Reports on military cantonments and civil stations in the Presidency of Bombay inspected by the Sanitary Commissioner in the years 1875 and 1876
Year: 1875
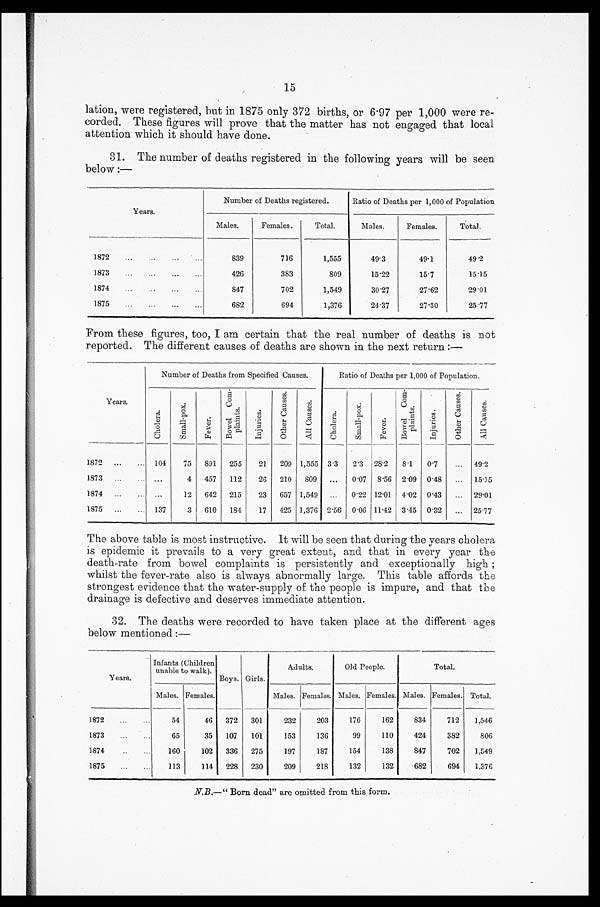
15
lation, were registered, but in 1875 only 372 births, or 6.97 per 1,000 were re
-corded. These figures will prove that the matter has not engaged that local
attention which it should have done.
31. The number of deaths registered in the following years will be seen
below:—
Years.
Number of Deaths registered.
Ratio of Deaths per 1,000 of Population
Males.
Females.
Total.
Males.
Females.
Total.
1872 . . .
8 3 9
716
1,555
49.3
49.1
49.2
1873 . . .
426
383
809
15.22
15.7
15.15
1874 . . .
847
702
1,549
30.27
27.62
29.01
1875 . . .
682
694
1,376
24.37
27.30
25.77
From these figures, too, I am certain that the real number of deaths is not
reported. The different causes of deaths are shown in the next return:—
Years.
Number of Deaths from Specified Causes.
Ratio of Deaths per 1,000 of Population.
C h o l e r a .
S m a l l - p o x .
F e v e r .
B o w e l C o m - p l a i n t s .
I n j u r i e s .
O t h e r C a u s e s .
A l l C a u s e s .
C h o l e r a .
S m a l l - p o x .
F e v e r .
B o w e l C o m - p l a i n t s .
I n j u r i e s .
O t h e r C a u s e s .
A l l C a u s e s .
1872 . . .
104 75 891 255 21 209 1,555 3.3 2.3 28.2 8.1 0.7
. . . 49.2
1873 . . .
. . .
4 457 112 26 210 809
. . . 0.07 8.56 2.09 0.48
. . . 15.15
1874 . . .
. . .
12 642 215
23 657 1,549
. . . 0.22 12.01 4.02 0.43
. . . 29.01
1875 . . .
137
3 610 184 17 425 1,376 2.56 0.06 11.42 3.45 0.32
. . . 25.77
The above table is most instructive. It will be seen that during the years cholera
is epidemic it prevails to a very great extent, and that in every year the
death-rate from bowel complaints is persistently and exceptionally high;
whilst the fever-rate also is always abnormally large. This table affords the
strongest evidence that the water-supply of the people is impure, and that the
drainage is defective and deserves immediate attention.
32. The deaths were recorded to have taken place at the different ages
below mentioned:—
Years.
Infants (Children
unable to walk). Boys. Girls.
Adults.
Old People.
Total.
Males. Females.
M a l e s . Females. Males. Females. Males. Females. Total.
1872 . . .
54
46 372 301
232
203
176
162
834
712 1,546
1873 . . .
65
35 107 101
153
136
99
110
424
382
806
1874 . . .
160
102 336 275
197
187
154
138
847
702 1,549
1875 . . .
113
114 228 230
209
218
132
132
682
694 1,376
N.B.—"Born dead" are omitted from this form.